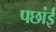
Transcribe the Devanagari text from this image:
पछांई